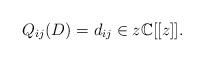
LaTeX: \begin{align*}Q_{ij}(D) = d_{ij} \in z\mathbb{C}[[z]].\end{align*}